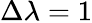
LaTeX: \Delta\lambda=1